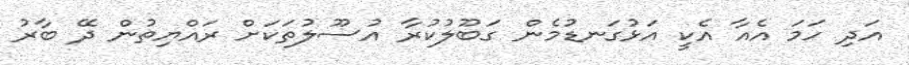
އަދި ހަމަ އެއާ އެކީ އަޅުގަނޑުމެން ގަބޫލުކުރާ އުސޫލުތަކަށް ރައްޔިތުން ދޭ ބާރު